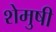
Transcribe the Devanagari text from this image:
शेमुषी